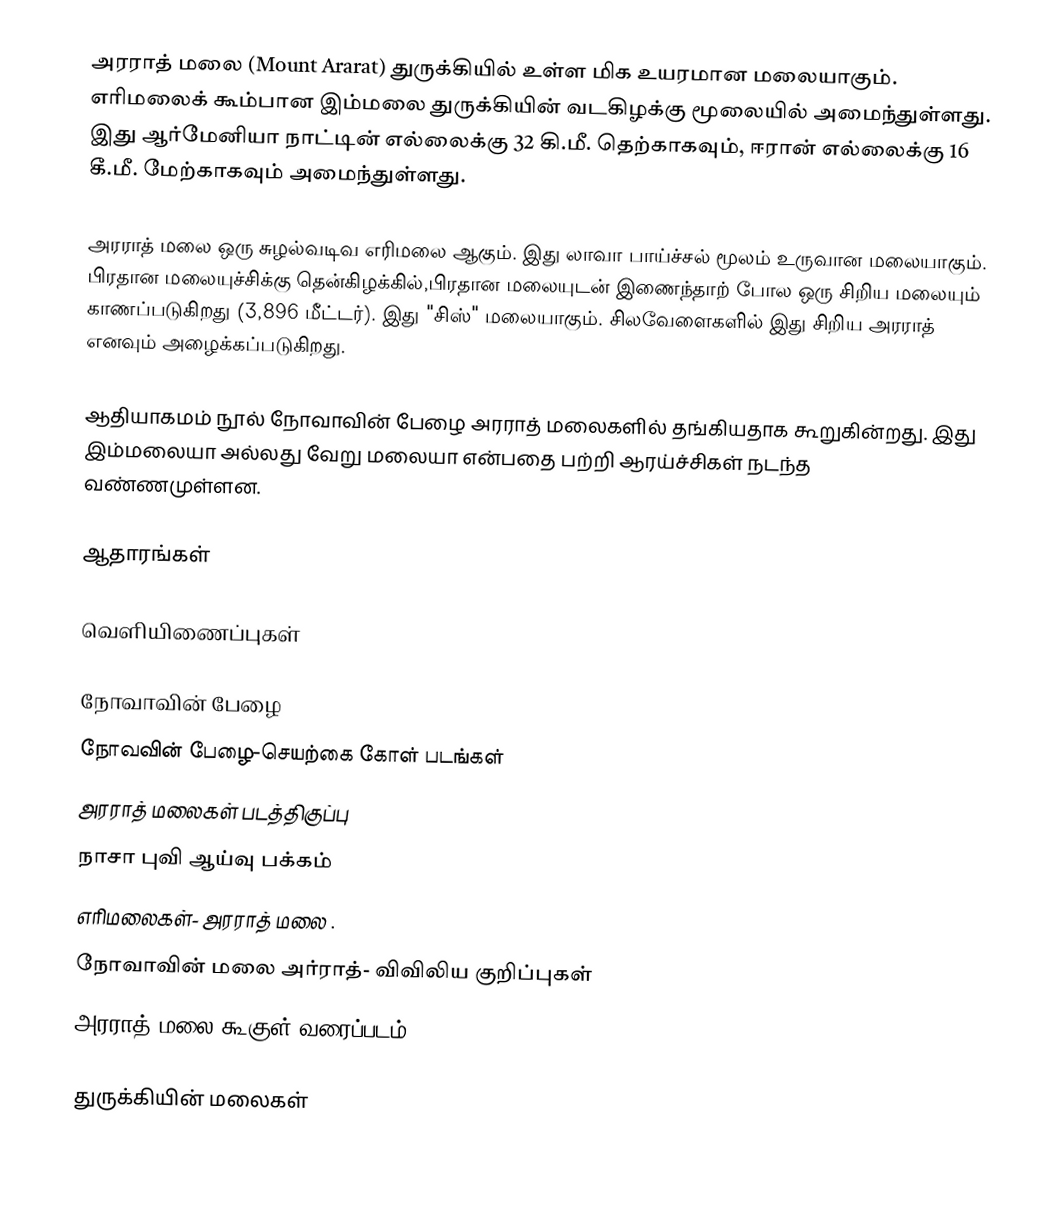
அரராத் மலை (Mount Ararat) துருக்கியில் உள்ள மிக உயரமான மலையாகும். எரிமலைக் கூம்பான இம்மலை துருக்கியின் வடகிழக்கு மூலையில் அமைந்துள்ளது. இது ஆர்மேனியா நாட்டின் எல்லைக்கு 32 கி.மீ. தெற்காகவும், ஈரான் எல்லைக்கு 16 கீ.மீ. மேற்காகவும் அமைந்துள்ளது.

அரராத் மலை ஒரு சுழல்வடிவ எரிமலை ஆகும். இது லாவா பாய்ச்சல் மூலம் உருவான மலையாகும். பிரதான மலையுச்சிக்கு தென்கிழக்கில்,பிரதான மலையுடன் இணைந்தாற் போல ஒரு சிறிய மலையும் காணப்படுகிறது (3,896 மீட்டர்). இது "சிஸ்" மலையாகும். சிலவேளைகளில் இது சிறிய அரராத் எனவும் அழைக்கப்படுகிறது.

ஆதியாகமம் நூல் நோவாவின் பேழை  அரராத் மலைகளில் தங்கியதாக கூறுகின்றது. இது இம்மலையா அல்லது வேறு மலையா என்பதை பற்றி ஆரய்ச்சிகள் நடந்த வண்ணமுள்ளன.

ஆதாரங்கள்

வெளியிணைப்புகள்

 நோவாவின் பேழை
 நோவவின் பேழை-செயற்கை கோள் படங்கள்
 அரராத் மலைகள் படத்திகுப்பு
 நாசா புவி ஆய்வு பக்கம்
 எரிமலைகள்- அரராத் மலை .
 நோவாவின் மலை  அர்ராத்- விவிலிய குறிப்புகள்
 அரராத் மலை கூகுள் வரைப்படம்

துருக்கியின் மலைகள்